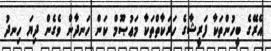
އެރޭގެ ބީހުންތަކާ ފަރީޝާގެ ހަރަކާތްތަކާ މަޢުޞޫމް ކަން ހަނދާން ވެގެން ދިޔަ ހިނދު